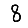
Digit: 8